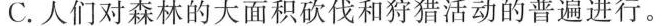
C.人们对森林的大面积砍伐和狩猎活动的普遍进行。